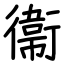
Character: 衞